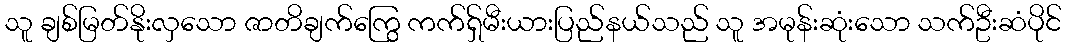
သူ ချစ်မြတ်နိုးလှသော ဇာတိချက်ကြွေ ကက်ရှ်မီးယားပြည်နယ်သည် သူ အမုန်းဆုံးသော သက်ဦးဆံပိုင်